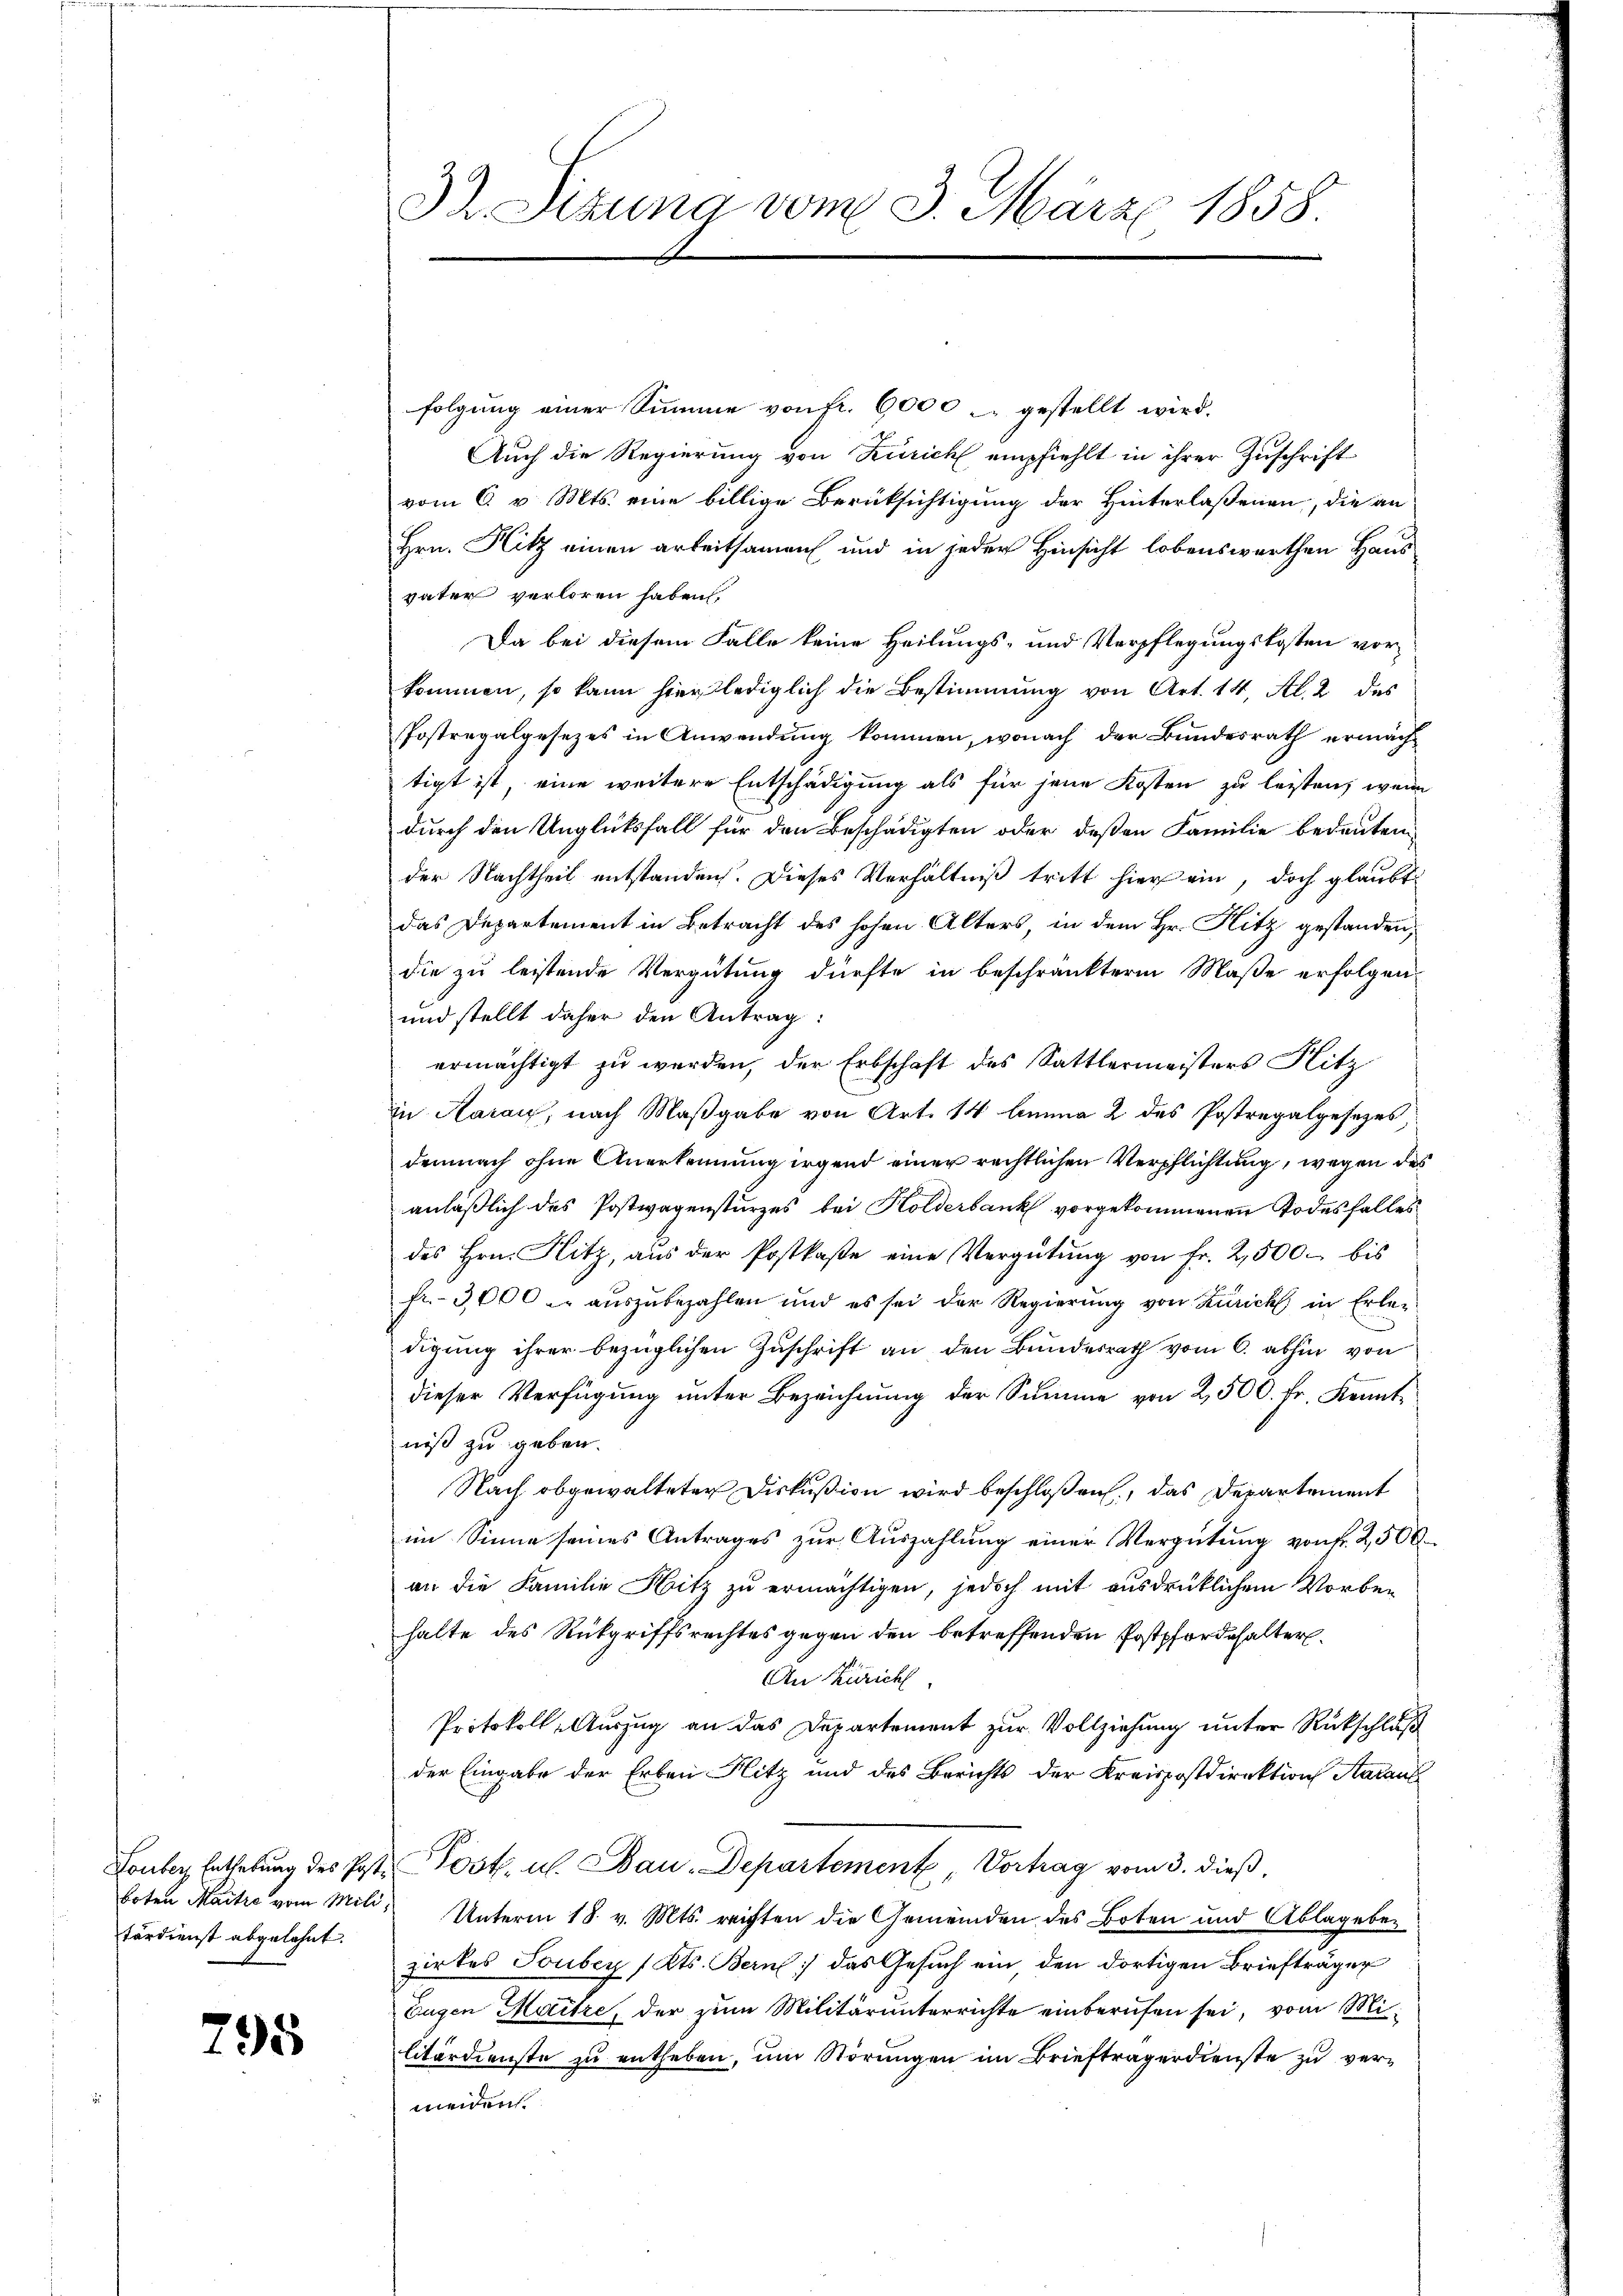
tärdienst abgelehnt.

795

32 Sitzung vom 3. März 1858.

folgung einer Summe von fr. 6000 - gestellt wird.
Auch die Regierung von Zürich empfiehlt in ihrer Zuschrift
vom 6. v. Mts. eine billige Berüksichtigung der Hinterlaßenen, die an
Hrn. Hitz einen arbeitsamen und in jeder Hinsicht lobenswerthen Haus
väter verloren haben,
Da bei diesem Falle keine Heilungs- und Verpflegungskosten vorkommen, so kann hierlediglich die Bestimmung von Art. 14, Al. 2 des
Postregalgesezes in Anwendung kommen, wonach der Bundesrath ermächt
tigt ist, eine weitere Entschädigung als für jene Kosten zu leisten, wenn
durch den Unglücksfall für den Beschädigten oder deßen Familie bedeuten
der Nachtheil entstanden. Dieses Verhältniß tritt hier ein, doch glaubt
das Departement in Betracht des hohen Alters, in dem Hr. Hitz gestanden,
die zu leistende Vergütung dürfte in beschränkterm Maße erfolgen.
und stellt daher den Antrag:
ermächtigt zu werden, der Erbschaft des Sattlermeisters Hitz
in Aarau, nach Maßgabe von Art. 14 Anna 2 des Postregalgesetzes,
demnach ohne Anerkennung irgend einer rechtlichen Verpflichtung, wegen des
anläßlich des Postwagensturzes bei Kolderbank vorgekommenen Todesfalles
des Hrn. Hitz, aus der Postkase eine Vergütŭng von fr. 2,500 bis
fr. 3000 auszubezahlen und es sei der Regierung von Zürich in Erleidigung ihrer bezüglichen Zuschrift an den Bundesrath vom 6. abhin von
dieser Verfügung unter Bezeichnung der Summe von 2,500. Fr. Kenntniß zu geben.
Nach obgewalteter Diskußion wird beschloßen, das Departement
im Sinne seines Antrages zur Auszahlung einer Vergütung von Fr. 2,500.
an die Familie Hitz zu ermächtigen, jedoch mit ausdrücklichem Vorbehalte des Rückgriffsrechtes gegen den betreffenden Postpfordehalter.
An Zürich
Protokoll-Auszug an das Departement zur Vollziehung unter Rückschluß
der Eingabe der Erben Hitz und des Berichts der Kreispostdirektion Aaraus
Lonber Enthebung des Post. Post. u. Bau-Departement Vortrag vom 3. dieß,
boten Maitre vom Mili, Unterm 18. v. Mts. reichten die Gemeinden des Boten und Ablage bezirkes Tonbey (Kts. Bern) das Gesuch ein, den dortigen Briefträger
Eugen Maitre, der zum Militärunterrichte einberufen sei, vom Mi-
litärdienste zu entheben, um Störungen im Briefträgerdienste zu vermeiden